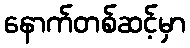
နောက်တစ်ဆင့်မှာ